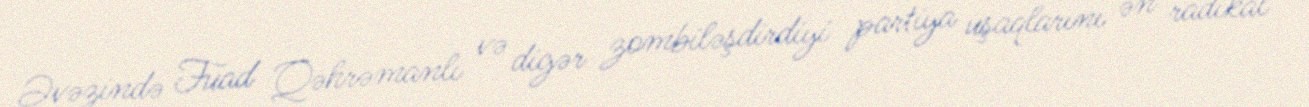
Əvəzində Fuad Qəhrəmanlı və digər zombiləşdirdiyi partiya uşaqlarını ən radikal